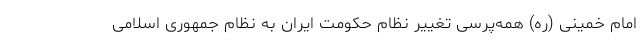
امام خمینی (ره) همه‌پرسی تغییر نظام حکومت ایران به نظام جمهوری اسلامی